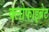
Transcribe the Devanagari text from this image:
क्लोफाइब्रेट